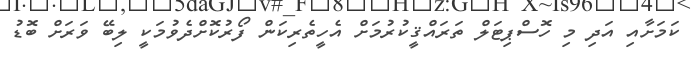
ކަމަށާއި އަދި މި ހޮސްޕިޓަލް ތަރައްޤީކުރުމަށް އެހީތެރިކަން ފޯރުކޮށްދެވުމަކީ ލިބޭ ވަރަށް ބޮޑު